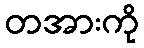
တအားကို